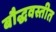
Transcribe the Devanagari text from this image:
बौद्धवस्तीत